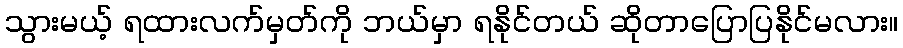
သွားမယ့် ရထားလက်မှတ်ကို ဘယ်မှာ ရနိုင်တယ် ဆိုတာပြောပြနိုင်မလား။